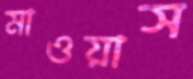
মাওয়াস